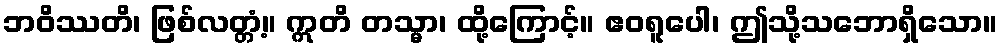
ဘဝိဿတိ၊ ဖြစ်လတ္တံ့။ ဣတိ တသ္မာ၊ ထို့ကြောင့်။ ဧဝရူပေါ၊ ဤသို့သဘောရှိသော။